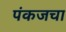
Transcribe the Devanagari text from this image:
पंकजचा